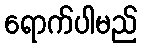
ရောက်ပါမည်